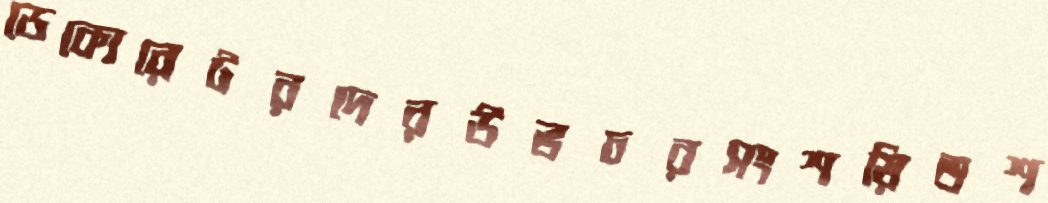
ডেকোরেটরদেরউভচরসংশয়িতশ